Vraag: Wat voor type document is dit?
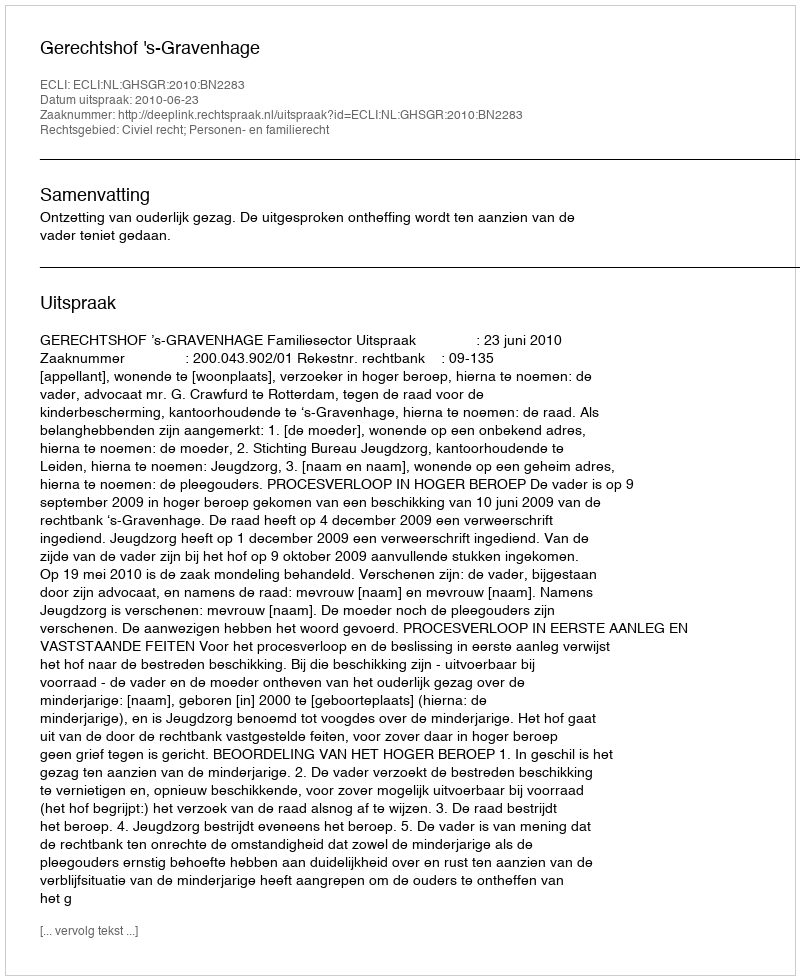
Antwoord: Uitspraak